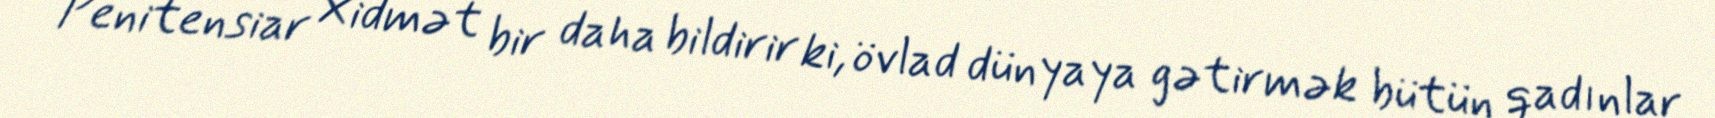
Penitensiar Xidmət bir daha bildirir ki, övlad dünyaya gətirmək bütün qadınlar